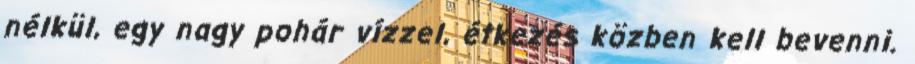
nélkül, egy nagy pohár vízzel, étkezés közben kell bevenni.